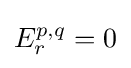
E_{r}^{p,q}=0